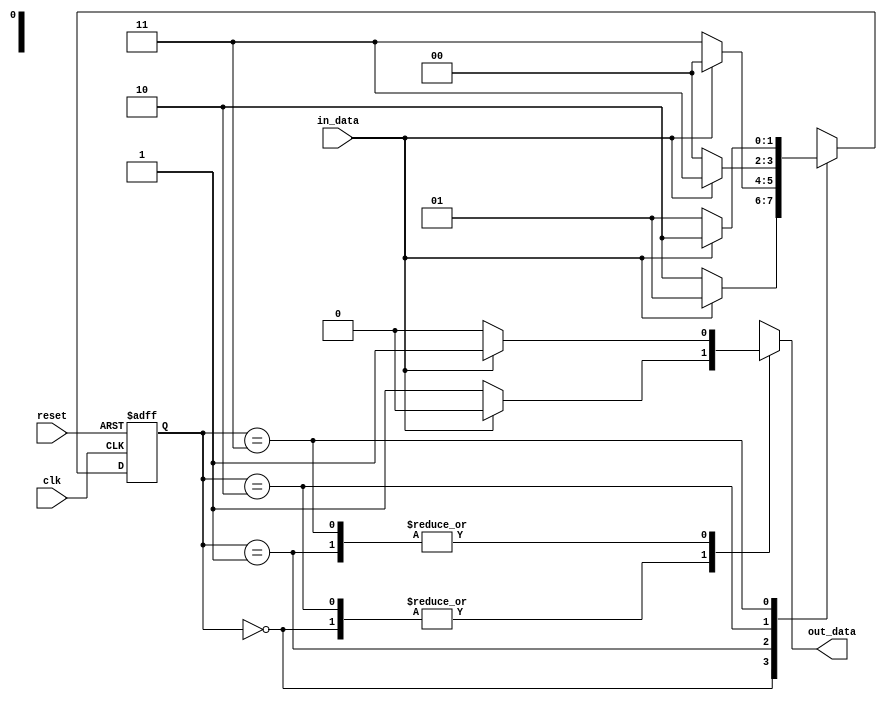
module fsm (
    input wire clk,          // Clock input
    input wire reset,        // Reset input
    input wire in_data,      // Input data
    output wire out_data     // Output data
);

// Define states
parameter S0 = 2'b00;
parameter S1 = 2'b01;
parameter S2 = 2'b10;
parameter S3 = 2'b11;

// Define state register
reg [1:0] state_reg;
reg [1:0] next_state;

always @(posedge clk or posedge reset) begin
    if (reset) begin
        state_reg <= S0;    // Initialize state machine
    end else begin
        state_reg <= next_state;
    end
end

// Determine transitions based on input
always @(*) begin
    case (state_reg)
        S0: begin
            // State transitions and outputs for S0
            if (in_data) begin
                next_state = S1;
                out_data = 1'b0;
            end else begin
                next_state = S2;
                out_data = 1'b1;
            end
        end
        S1: begin
            // State transitions and outputs for S1
            if (in_data) begin
                next_state = S0;
                out_data = 1'b1;
            end else begin
                next_state = S3;
                out_data = 1'b0;
            end
        end
        S2: begin
            // State transitions and outputs for S2
            if (in_data) begin
                next_state = S3;
                out_data = 1'b0;
            end else begin
                next_state = S0;
                out_data = 1'b1;
            end
        end
        S3: begin
            // State transitions and outputs for S3
            if (in_data) begin
                next_state = S2;
                out_data = 1'b1;
            end else begin
                next_state = S1;
                out_data = 1'b0;
            end
        end
    endcase
end

endmodule